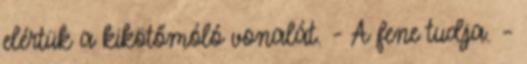
elértük a kikötőmóló vonalát. - A fene tudja. –